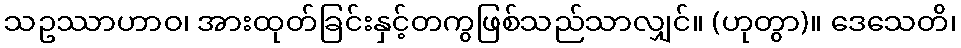
သဥဿာဟာဝ၊ အားထုတ်ခြင်းနှင့်တကွဖြစ်သည်သာလျှင်။ (ဟုတွာ)။ ဒေသေတိ၊